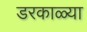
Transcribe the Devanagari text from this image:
डरकाळ्या